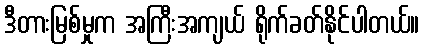
ဒီတားမြစ်မှုက အကြီးအကျယ် ရိုက်ခတ်နိုင်ပါတယ်။